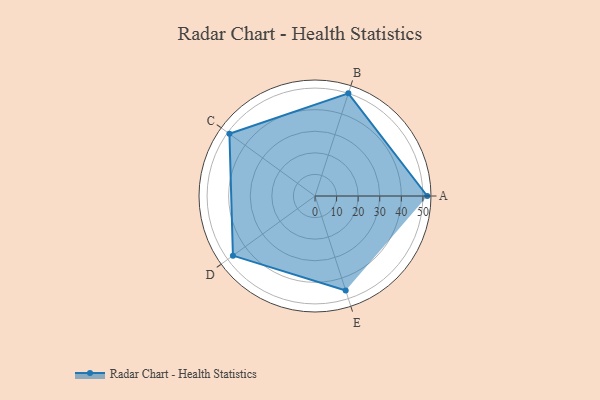
{"axis": {"x": "Skill", "y": "Score"}, "legend": ["Profile"], "data": [{"x": "A", "y": 52.0, "type": "Profile"}, {"x": "B", "y": 50.0, "type": "Profile"}, {"x": "C", "y": 49.0, "type": "Profile"}, {"x": "D", "y": 47.0, "type": "Profile"}, {"x": "E", "y": 46.0, "type": "Profile"}]}